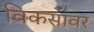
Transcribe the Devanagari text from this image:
विकसावर